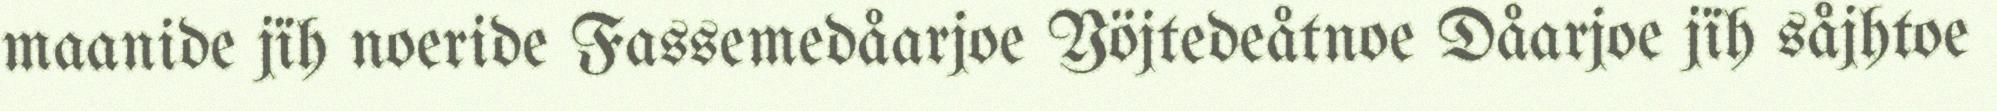
maanide jïh noeride Fassemedåarjoe Yöjtedeåtnoe Dåarjoe jïh såjhtoe